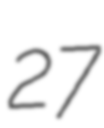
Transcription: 27